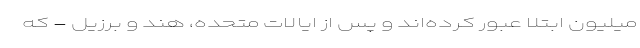
میلیون ابتلا عبور کرده‌اند و پس از ایالات متحده، هند و برزیل - که